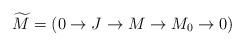
LaTeX: \begin{align*}\widetilde{M}=(0\to J\to M\to M_{0}\to 0)\end{align*}